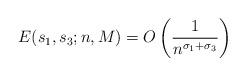
LaTeX: \begin{align*}E(s_1,s_3;n,M) = O \left( \frac{1}{n^{\sigma_1+\sigma_3}} \right)\end{align*}